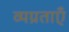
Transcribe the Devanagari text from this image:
व्यग्रताएँ